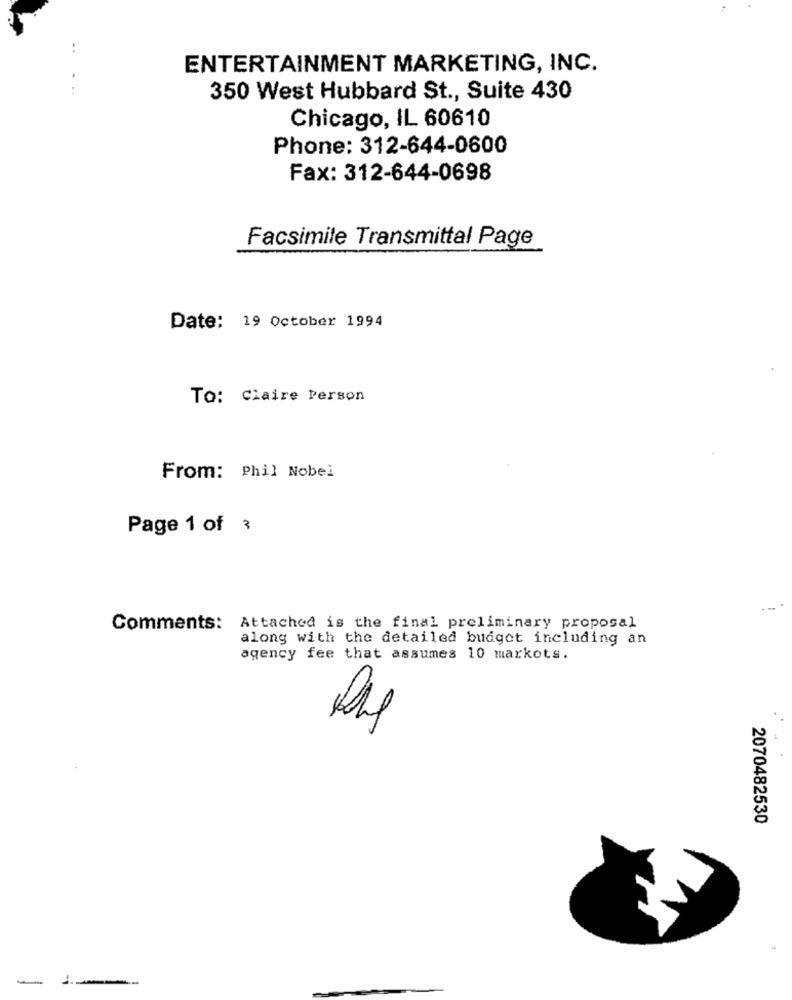
..
ENTERTAINMENT MARKETING, INC.
:
350 West Hubbard St ., Suite 430
Chicago, IL 60610
Phone: 312-644-0600
Fax: 312-644-0698
Facsimile Transmittal Page
Date: 19 October 1994
To: Claire Person
From: Phil Nobel
Page 1 of 3
Comments: Attached is the final preliminary proposal
along with the detailed budget including an
agency fee that assumes 10 markots.
2070482530